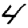
Digit: 4